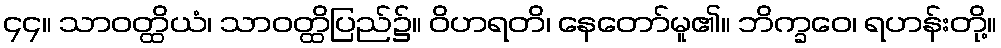
၄၄။ သာဝတ္ထိယံ၊ သာဝတ္ထိပြည်၌။ ဝိဟရတိ၊ နေတော်မူ၏။ ဘိက္ခဝေ၊ ရဟန်းတို့။